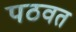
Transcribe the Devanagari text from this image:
पठवत